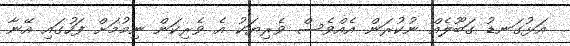
އަޅުގަނޑު ގަބޫލެއް ނުކުރަން އެއްވެސް ވެރިޔަކު އެ ވެރިކަން ނިމުމަށް ފަހުގައި އޭނާ